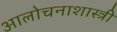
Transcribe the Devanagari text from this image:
आलोचनाशास्त्री